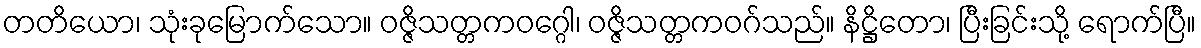
တတိယော၊ သုံးခုမြောက်သော။ ဝဇ္ဇိသတ္တကဝဂ္ဂေါ၊ ဝဇ္ဇိသတ္တကဝဂ်သည်။ နိဋ္ဌိတော၊ ပြီးခြင်းသို့ ရောက်ပြီ။